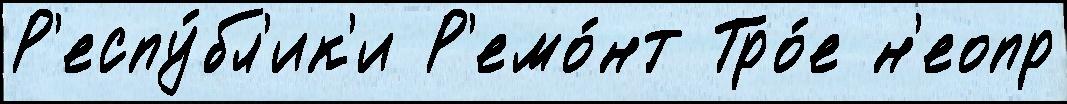
Р'еспу́бл'ик'и Р'емо́нт Тро́е н'еопр